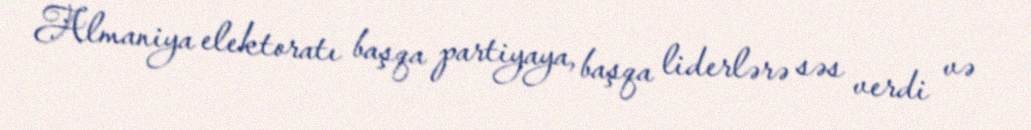
Almaniya elektoratı başqa partiyaya, başqa liderlərə səs verdi və